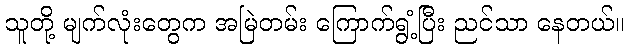
သူတို့ မျက်လုံးတွေက အမြဲတမ်း ကြောက်ရွံ့ပြီး ညင်သာ နေတယ်။